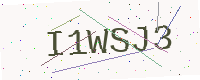
Text: I1WSJ3